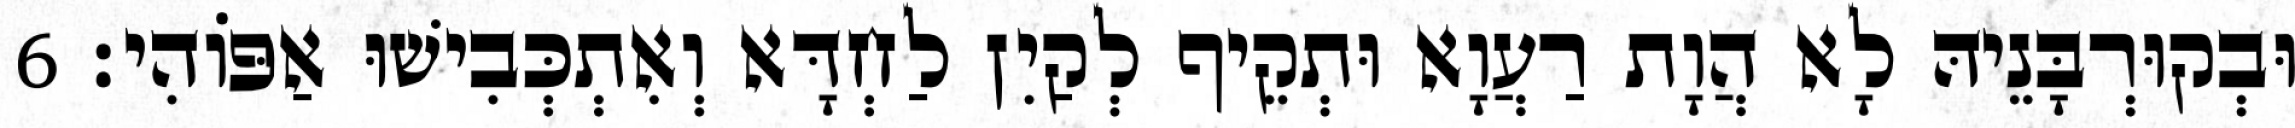
וּבְקוּרְבָּנֵיהּ לָא הֲוָת רַעֲוָא וּתְקֵיף לְקַיִן לַחְדָּא וְאִתְכְּבִישׁוּ אַפּוֹהִי׃ 6